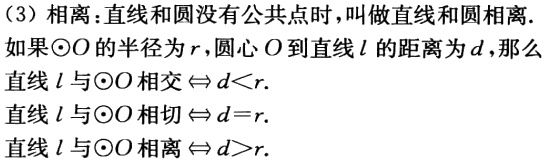
（3）相离：直线和圆没有公共点时，叫做直线和圆相离.
如果\(\odot O\)的半径为\(r\)，圆心\(O\)到直线\(l\)的距离为\(d\)，那么
直线\(l\)与\(\odot O\)相交\(\Leftrightarrow d<r\).
直线\(l\)与\(\odot O\)相切\(\Leftrightarrow d = r\).
直线\(l\)与\(\odot O\)相离\(\Leftrightarrow d>r\).